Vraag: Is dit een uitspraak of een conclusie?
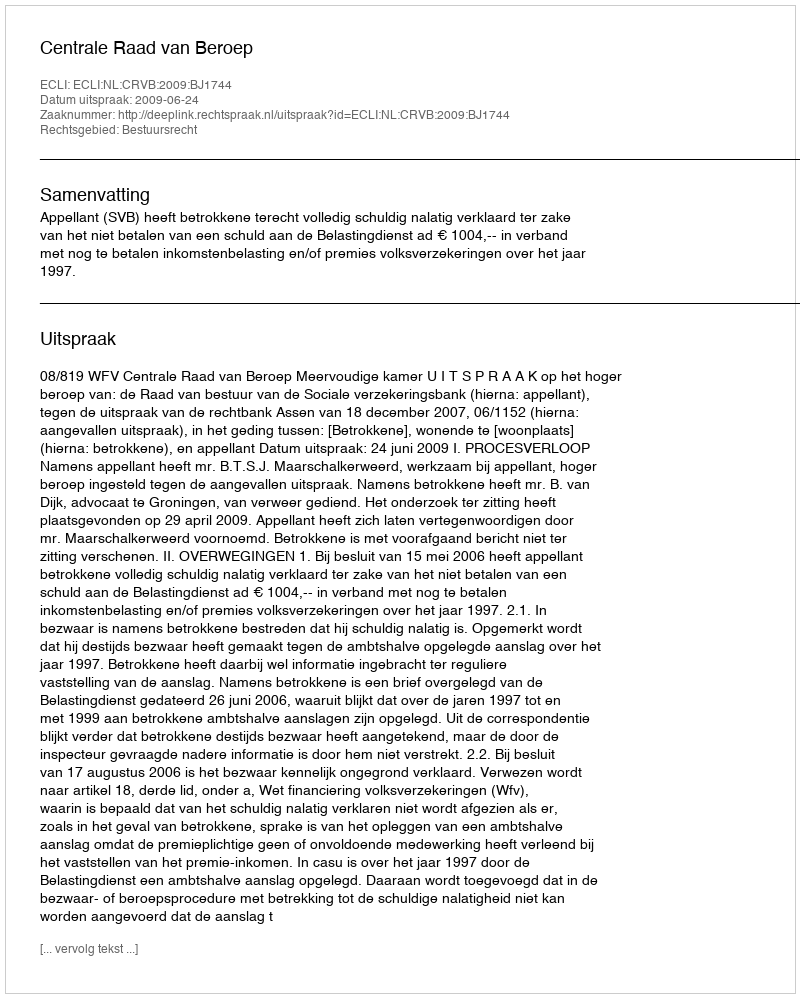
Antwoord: Uitspraak